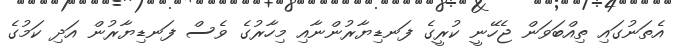
އެތަނުގައި ތިއްބަވަން ޖެހޭނީ ކުރީގެ ފަނޑިޔާރުންނާއި މިހާރުގެ ވެސް ފަނޑިޔާރުން އަދި ކަމުގެ